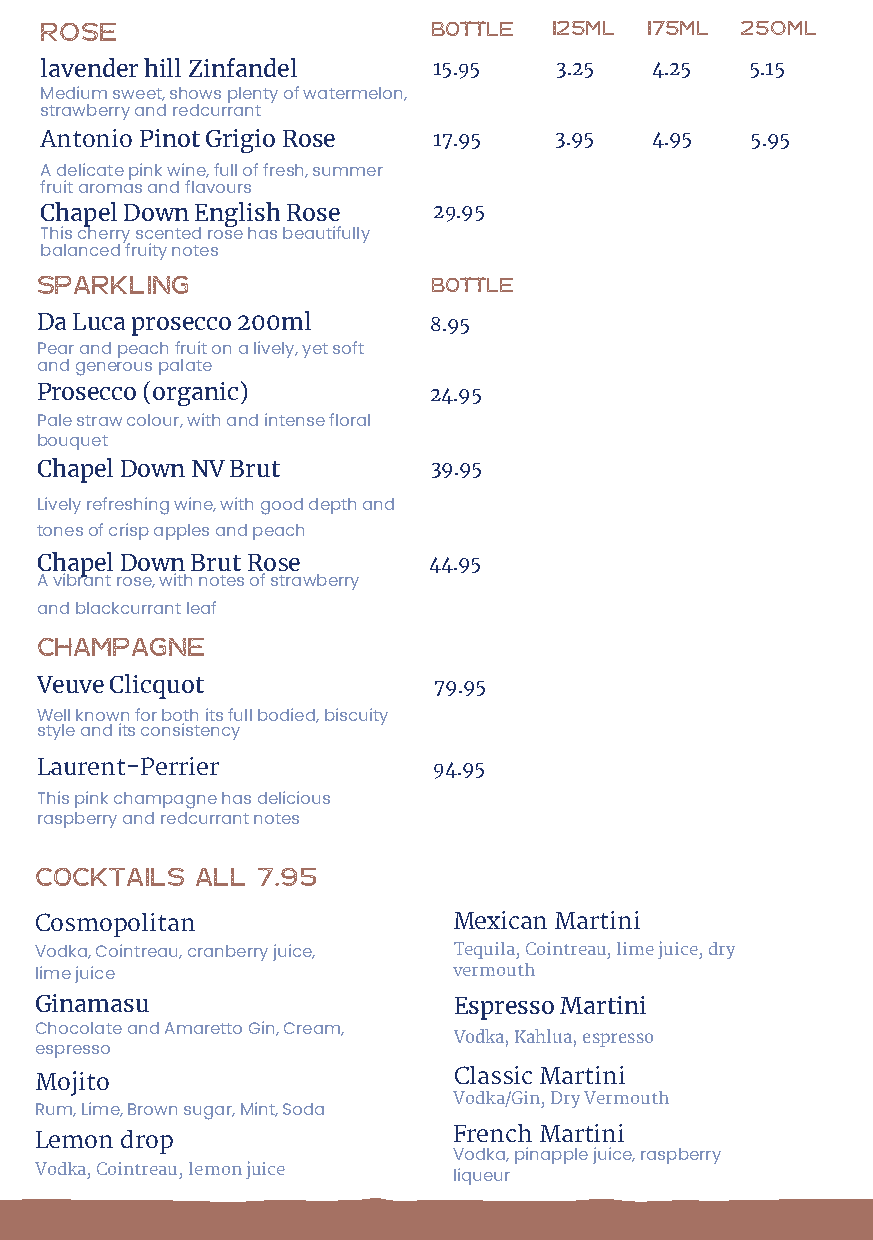
ROSE                      Bottle  125ml 175ml 250ml
 lavender hill Zinfandel   15.95   3.25  4.25   5.15
 Medium sweet, shows plenty of watermelon,
 strawberry and redcurrant
 Antonio Pinot Grigio Rose 17.95   3.95  4.95   5.95
 A delicate pink wine, full of fresh, summer
 fruit aromas and flavours
 Chapel Down English Rose  29.95
 This cherry scented rose has beautifully
 balanced fruity notes
 sparkling                 bottle
 Da Luca prosecco 200ml    8.95
 Pear and peach fruit on a lively, yet soft
 and generous palate
 Prosecco (organic)        24.95
 Pale straw colour, with and intense floral
 bouquet
 Chapel Down NV Brut       39.95
 Lively refreshing wine, with good depth and
 tones of crisp apples and peach
 Chapel Down Brut Rose     44.95
 A vibrant rose, with notes of strawberry
 and blackcurrant leaf
 champagne
 Veuve Clicquot            79.95
 Well known for both its full bodied, biscuity
 style and its consistency
 Laurent-Perrier           94.95
 This pink champagne has delicious
 raspberry and redcurrant notes
 cocktails all 7.95
 Cosmopolitan               Mexican Martini
 Vodka, Cointreau, cranberry juice, Tequila, Cointreau, lime juice, dry
 vermouth
 lime juice
 Ginamasu                   Espresso Martini
 Chocolate and Amaretto Gin, Cream, Vodka, Kahlua, espresso
 espresso
 Mojito                     Classic Martini
 Vodka/Gin, Dry Vermouth
 Rum, Lime, Brown sugar, Mint, Soda
 French Martini
 Lemon drop
 Vodka, pinapple juice, raspberry
 Vodka, Cointreau, lemon juice
 Subject to change                 liqueur
 DiningRoom-A5-DessertMenu.indd 3                 20/06/2019 09:40